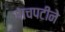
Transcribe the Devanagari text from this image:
पाचपटीने